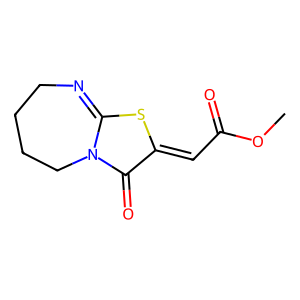
SMILES: COC(=O)C=c1sc2n(c1=O)CCCCN=2
Inhibits HIV replication: No